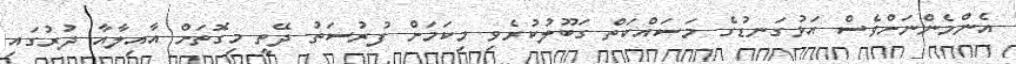
އެންމެންނަށްވެސް އަޅުގަނޑުގެ މަސައްކަތް ގަބޫލުކުރެވި މިކަމަށް ފުރުސަތު ދޭތީ މިގޮތަށް އާއިލާއާ ދުރުގައި